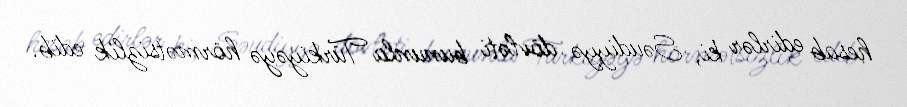
hesab edirlər ki, Səudiyyə dövləti bununla Türkiyəyə hörmətsizlik edib.